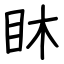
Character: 𥄢